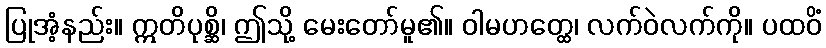
ပြုအံ့နည်း။ ဣတိပုစ္ဆိ၊ ဤသို့ မေးတော်မူ၏။ ဝါမဟတ္ထေ၊ လက်ဝဲလက်ကို။ ပထဝိံ